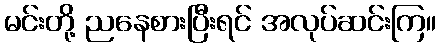
မင်းတို့ ညနေစားပြီးရင် အလုပ်ဆင်းကြ။